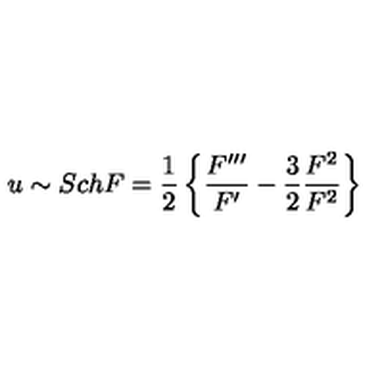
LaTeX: u \sim S c h F = { \frac { 1 } { 2 } } \left\{ { \frac { F ^ { \prime \prime \prime } } { F ^ { \prime } } } - { \frac { 3 } { 2 } } { \frac { F ^ { 2 } } { F ^ { 2 } } } \right\}